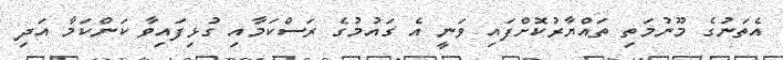
އެތަނުގެ މޫނުމަތި ތައްޔާރުކޮށްފައި ވަނީ އެ ގައުމުގެ ރަސްކަމާއި ގުޅިފައިވާ ކަންކަމާ އަދި